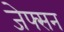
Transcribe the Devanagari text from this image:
जेफ्सन